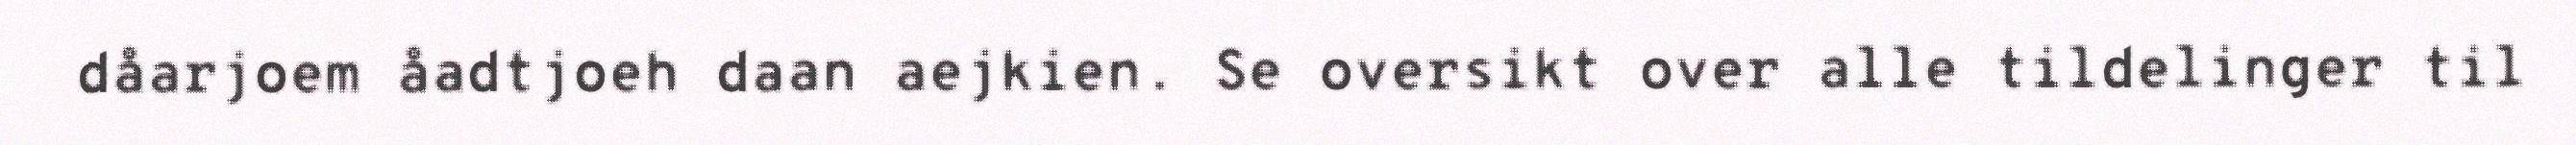
dåarjoem åadtjoeh daan aejkien. Se oversikt over alle tildelinger til